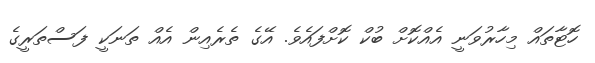
ހޮޓާތައް މިހާރުވަނީ އެއްކޮށް ބުކް ކޮށްފައެވެ. އޭގެ ތެރެއިން އެއް ތަނަކީ ފަސްތަރީގެ